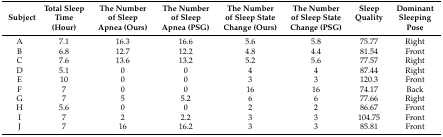
<table><thead><tr><td><b>Subject</b></td><td><b>Total Sleep Time (Hour)</b></td><td><b>The Number of Sleep Apnea (Ours)</b></td><td><b>The Number of Sleep Apnea (PSG)</b></td><td><b>The Number of Sleep State Change (Ours)</b></td><td><b>The Number of Sleep State Change (PSG)</b></td><td><b>Sleep Quality</b></td><td><b>Dominant Sleeping Pose</b></td></tr></thead><tbody><tr><td>A</td><td>7.1</td><td>16.3</td><td>16.6</td><td>5.6</td><td>5.8</td><td>75.77</td><td>Right</td></tr><tr><td>B</td><td>6.8</td><td>12.7</td><td>12.2</td><td>4.8</td><td>4.4</td><td>81.54</td><td>Front</td></tr><tr><td>C</td><td>7.6</td><td>13.6</td><td>13.2</td><td>5.2</td><td>5.6</td><td>77.57</td><td>Right</td></tr><tr><td>D</td><td>5.1</td><td>0</td><td>0</td><td>4</td><td>4</td><td>87.44</td><td>Right</td></tr><tr><td>E</td><td>10</td><td>0</td><td>0</td><td>3</td><td>3</td><td>120.3</td><td>Front</td></tr><tr><td>F</td><td>7</td><td>0</td><td>0</td><td>16</td><td>16</td><td>74.17</td><td>Back</td></tr><tr><td>G</td><td>7</td><td>5</td><td>5.2</td><td>6</td><td>6</td><td>77.66</td><td>Right</td></tr><tr><td>H</td><td>5.6</td><td>0</td><td>0</td><td>2</td><td>2</td><td>86.67</td><td>Front</td></tr><tr><td>I</td><td>7</td><td>2</td><td>2.2</td><td>3</td><td>3</td><td>104.75</td><td>Front</td></tr><tr><td>J</td><td>7</td><td>16</td><td>16.2</td><td>3</td><td>3</td><td>85.81</td><td>Front</td></tr></tbody></table>